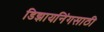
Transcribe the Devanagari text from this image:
डिझायनिंगसाठी